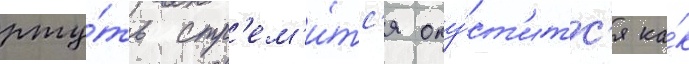
рту́ть стр'ем'и́тс'я опу́ст'итс'я ка́к